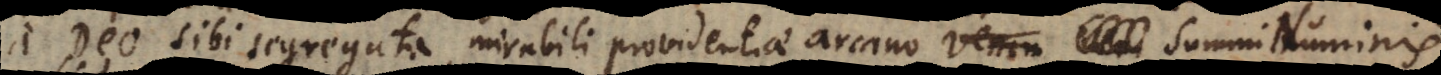
Deo sibi segregata, mirabili providentiae arcano Summi Numinis